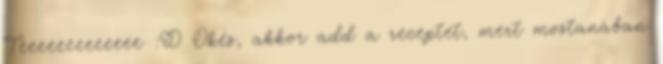
Teeeeeeeeeeeee :D Okés, akkor add a receptet, mert mostanában